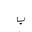
Letter: _ba